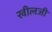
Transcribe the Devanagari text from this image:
खीलजी